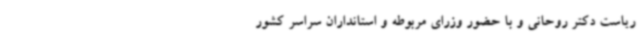
ریاست دکتر روحانی و با حضور وزرای مربوطه و استانداران سراسر کشور